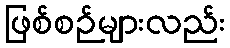
ဖြစ်စဉ်များလည်း